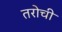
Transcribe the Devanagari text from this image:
तरोची